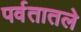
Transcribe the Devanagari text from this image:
पर्वतातले